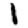
Digit: 1